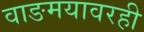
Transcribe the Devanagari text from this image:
वाङमयावरही